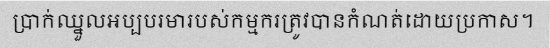
ប្រាក់ឈ្នួលអប្បបរមារបស់កម្មករត្រូវបានកំណត់ដោយប្រកាស។